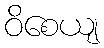
ဝိစေယျ